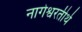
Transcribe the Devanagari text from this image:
नागेश्वरतीर्थ